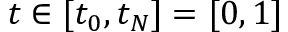
t \in [ t _ { 0 } , t _ { N } ] = [ 0 , 1 ]